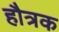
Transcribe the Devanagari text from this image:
हौत्रक